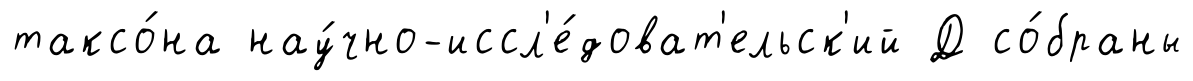
таксо́на нау́чно-иссл'е́доват'ельск'ий Д со́браны